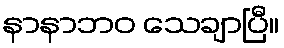
နာနာဘဝ သေချာပြီ။